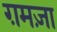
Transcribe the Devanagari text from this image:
ग़मज़ा